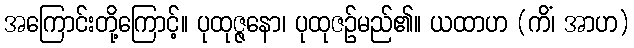
အကြောင်းတို့ကြောင့်။ ပုထုဇ္ဇနော၊ ပုထုဇဉ်မည်၏။ ယထာဟ (ကိံ၊ အာဟ)